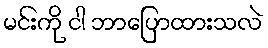
မင်းကို ငါ ဘာပြောထားသလဲ